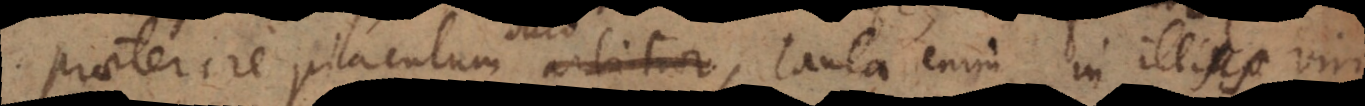
praeterire piaculum arbitror, tanta enim in illius viri